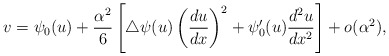
\begin{align*} v = \psi_{0}(u) + \frac{\alpha^{2}}{6}\left[ \bigtriangleup\psi(u)\left( \frac{du}{dx} \right)^{2} + \psi_{0}'(u)\frac{d^{2}u}{dx^{2}} \right] + o(\alpha^{2}), \end{align*}